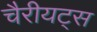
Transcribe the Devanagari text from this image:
चैरीयट्स